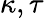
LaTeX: \kappa,\tau